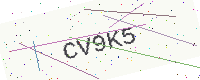
Text: CV9K5